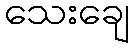
သေးချေ